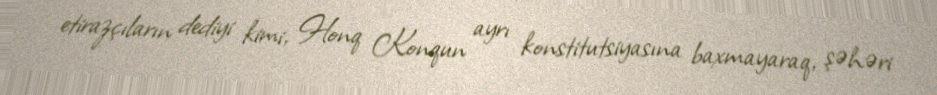
etirazçıların dediyi kimi, Honq Konqun ayrı konstitutsiyasına baxmayaraq, şəhəri